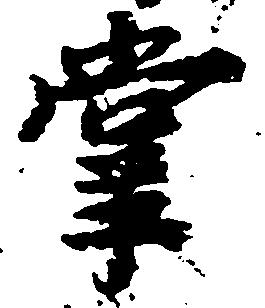
掌